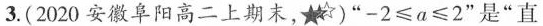
3.(2020安徽阜阳高二上期末，r)”$$-2≤a≤2$$”是”直